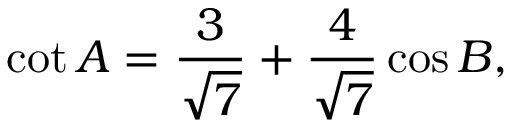
\cot A = { \frac { 3 } { \sqrt { 7 } } } + { \frac { 4 } { \sqrt { 7 } } } \cos B ,